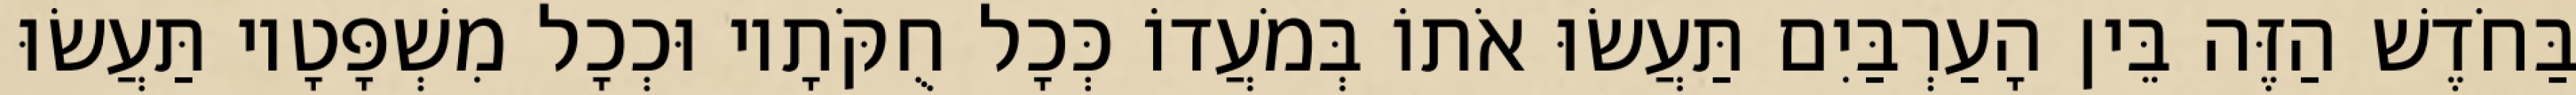
בַּחֹדֶשׁ הַזֶּה בֵּין הָעַרְבַּיִם תַּעֲשׂוּ אֹתוֹ בְּמֹעֲדוֹ כְּכָל חֻקֹּתָיו וּכְכָל מִשְׁפָּטָיו תַּעֲשׂוּ